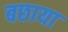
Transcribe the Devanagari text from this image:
बछाया